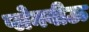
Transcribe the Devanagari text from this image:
प्लेनवीऊ